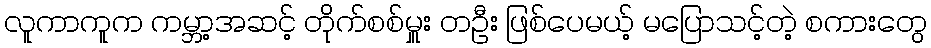
လူကာကူက ကမ္ဘာ့အဆင့် တိုက်စစ်မှူး တဦး ဖြစ်ပေမယ့် မပြောသင့်တဲ့ စကားတွေ